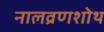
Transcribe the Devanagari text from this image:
नालव्रणशोथ